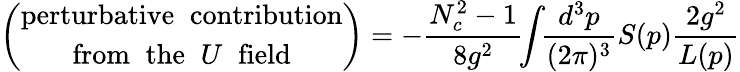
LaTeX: \left(\begin{array}{c}{{\mathrm{perturbative\; \; contribution}}}\\ {{\mathrm{from\; \; the\; \; }U\; \; \mathrm{field}}}\end{array}\right)=-\frac{N_{c}^{2}-1}{8g^{2}}\! \! \int\! \! \frac{d^{3}p}{(2\pi)^{3}}S(p)\frac{2g^{2}}{L(p)}